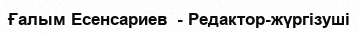
Ғалым Есенсариев  - Редактор-жүргізуші